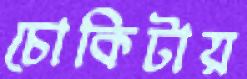
চোকিটায়